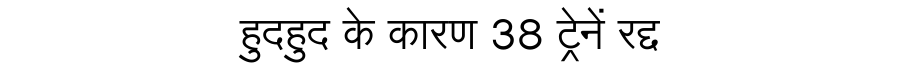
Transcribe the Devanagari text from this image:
हुदहुद के कारण 38 ट्रेनें रद्द